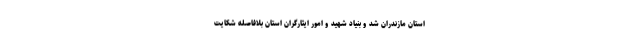
استان مازندران شد و بنیاد شهید و امور ایثارگران استان بلافاصله شکایت